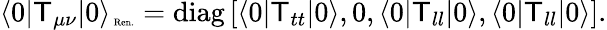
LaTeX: \langle0|\mathsf{T}_{\mu\nu}|0\rangle_{\mathrm{{\tiny~Ren.}}}=\mathrm{{diag}}\left[\langle0|\mathsf{T}_{tt}|0\rangle,0,\langle0|\mathsf{T}_{ll}|0\rangle,\langle0|\mathsf{T}_{ll}|0\rangle\right].